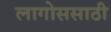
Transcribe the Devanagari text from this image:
लागोससाठी